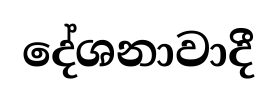
දේශනාවාදී